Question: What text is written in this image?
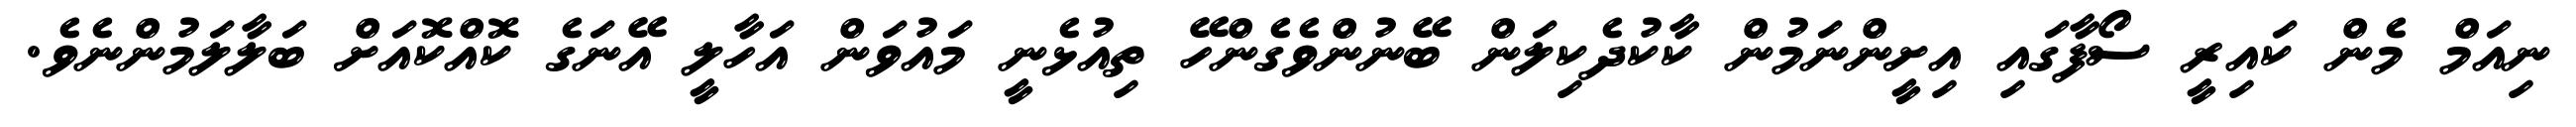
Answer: ނިއަމް މެން ކައިރީ ސޯފާގައި އިށީންނަމުން ކާކުދެކިލަން ބޭނުންވެގެންހޭ ތިއުޅެނީ މައުވަން އަހާލީ އޭނަގެ ކޮއްކޮއަށް ބަލާލަމުންނެވެ.